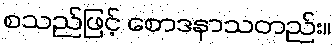
စသည်ဖြင့် စောဒနာသတည်း။